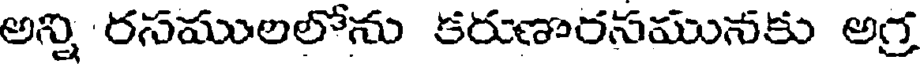
అన్ని రసములలోను కరుణారసమునకు అగ్ర